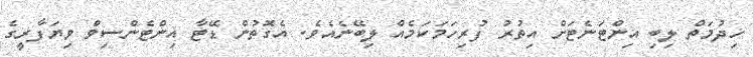
ޚިދުމަތް ލިބި އިންޓަނެޓަށް އިތުރު ފުރިހަމަކަމެއް ލިބޭނެއެވެ. އެގޮތުން ޑޭޓާ އިންޓެންސިވް ވިޔަފާރީގެ